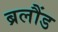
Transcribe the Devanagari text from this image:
ब्रलौंड